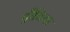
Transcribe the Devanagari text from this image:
ट्रीबिया